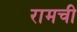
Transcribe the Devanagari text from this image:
रामची